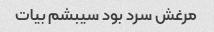
مرغش سرد بود سیبشم بیات